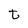
Character: t